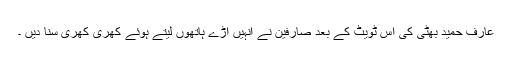
عارف حمید بھٹی کی اس ٹویٹ کے بعد صارفین نے انہیں آڑے ہاتھوں لیتے ہوئے کھری کھری سنا دیں ۔